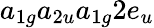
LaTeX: a_{1g}a_{2u}a_{1g}2e_{u}